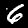
Label: 6